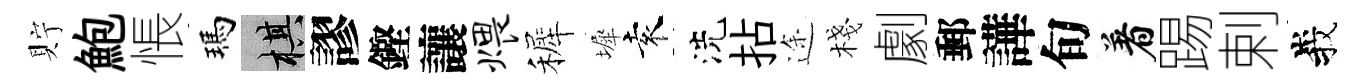
貯鮑悵瑪棋謬鏗讓煨裤墀袁洗拈途棧劇郵譁旬着踢剌峩